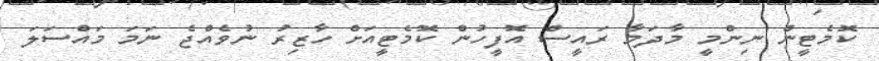
ކޮމެޓީން ނިންމީ މާދަމާ ރައީސް އޮފީހުން ކޮމެޓީއަށް ހާޒިރު ނުވެއްޖެ ނަމަ މައްސަލަ